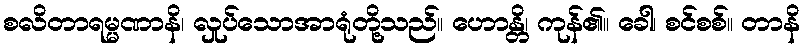
စလိတာရမ္မဏာနိ၊ လှုပ်သောအာရုံတို့သည်။ ဟောန္တိ၊ ကုန်၏။ ခေါ၊ စင်စစ်။ တာနိ